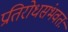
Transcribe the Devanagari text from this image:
प्रतिरोधसंभवतः